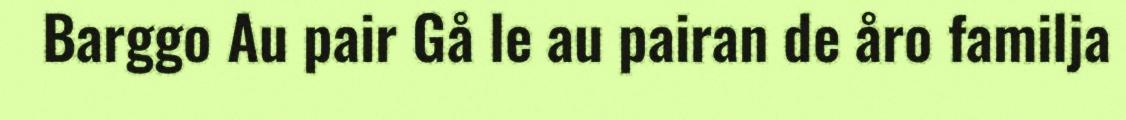
Barggo Au pair Gå le au pairan de åro familja